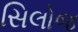
સિલોજ